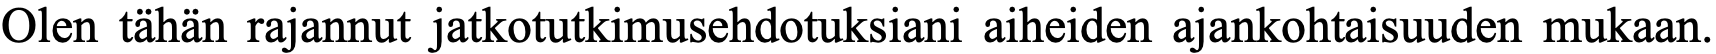
Olen tähän rajannut jatkotutkimusehdotuksiani aiheiden ajankohtaisuuden mukaan.